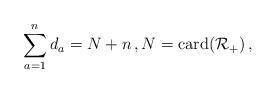
LaTeX: \begin{align*}\sum_{a=1}^n d_a=N+n\,,N={\rm card({\cal R}_+)}\,,\end{align*}